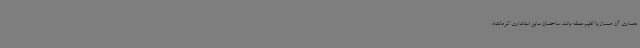
معماری آن همساز با اقلیم منطقه باشد. ساختمان سابق استانداری کرمانشاه